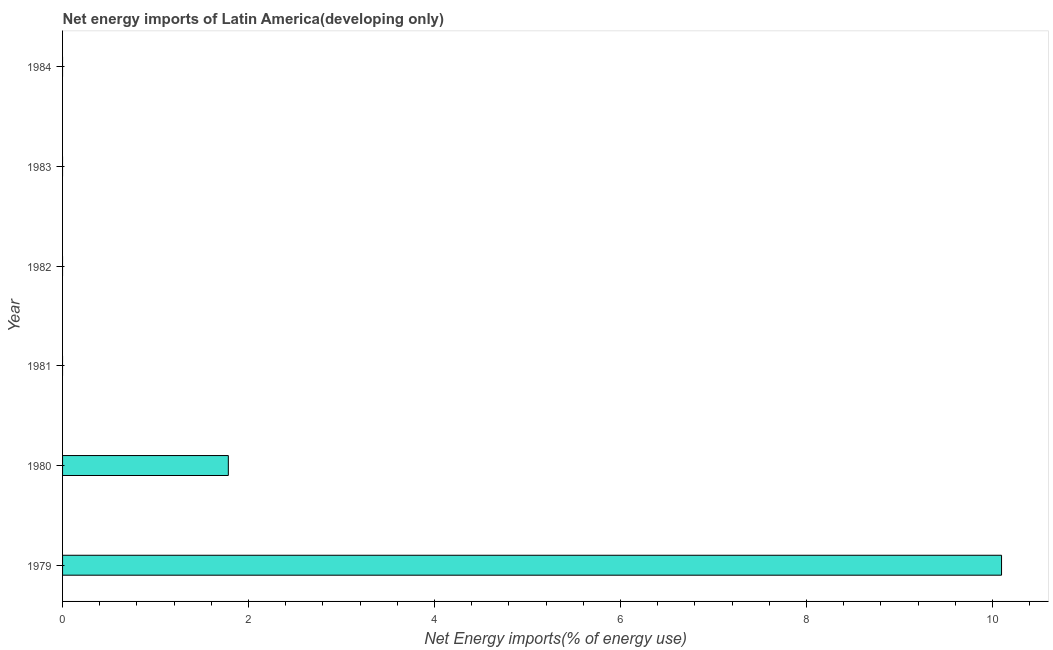
| Year | Energy imports |
 | --- | --- |
 | 1979 | 10.1 |
 | 1980 | 1.78 |
 | 1981 | -7.24 |
 | 1982 | -14.9 |
 | 1983 | -19.1 |
 | 1984 | -20.7 |